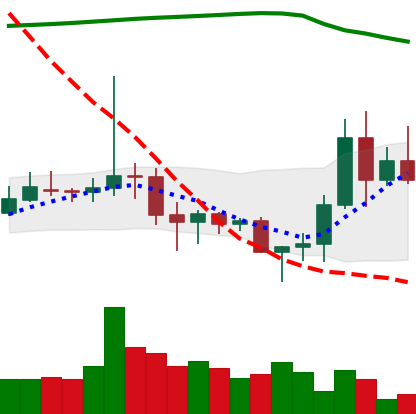
Ticker: DOGE-USD
Chart end date: 2020-11-09
Forward return: 3.858%
Label: up_3_5